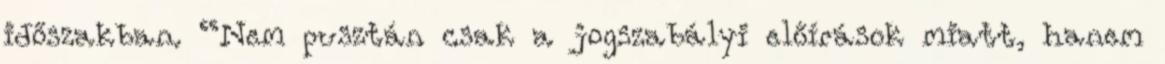
időszakban. “Nem pusztán csak a jogszabályi előírások miatt, hanem